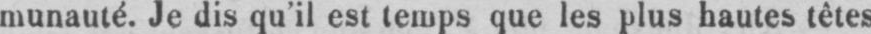
munauté. Je dis qu’il est temps que les plus hautes têtes